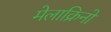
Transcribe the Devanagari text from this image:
मेलाक्रिनो